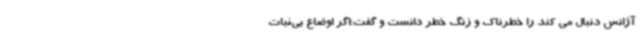
آژانس دنبال می کند را خطرناک و زنگ خطر دانست و گفت:اگر اوضاع بی‌ثبات